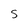
Character: S